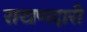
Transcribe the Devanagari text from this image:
राखणदारी